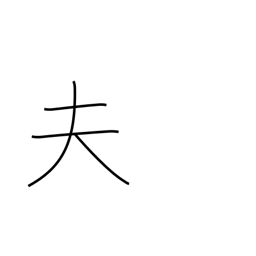
Meaning: husband